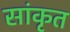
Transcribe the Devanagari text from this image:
सांकृत